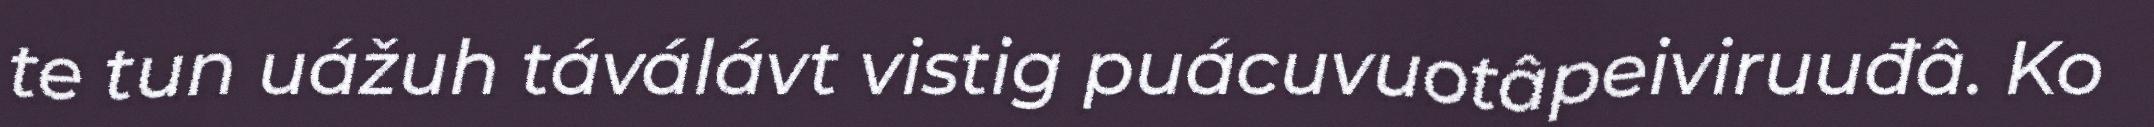
te tun uážuh táválávt vistig puácuvuotâpeiviruuđâ. Ko